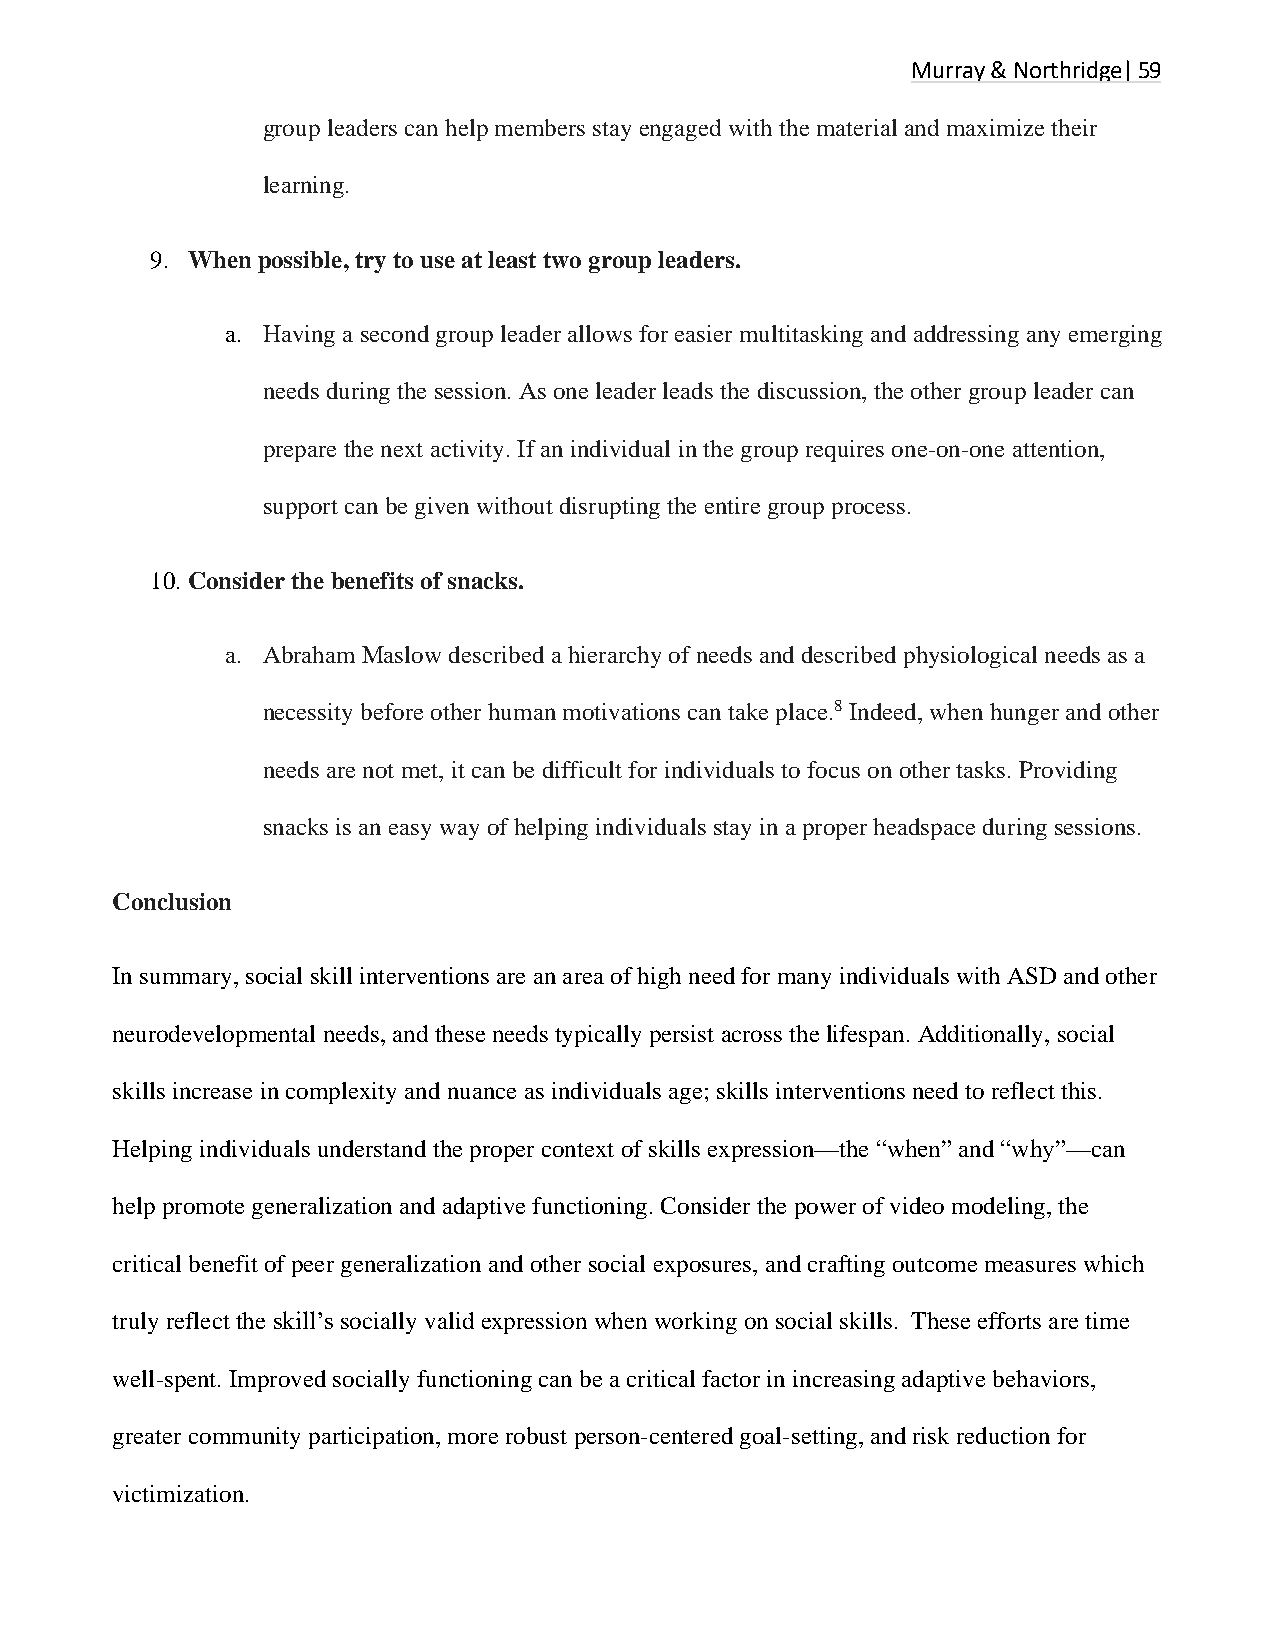
Murray & Northridge| 59
 group leaders can help members stay engaged with the material and maximize their
 learning.
 9. When possible, try to use at least two group leaders.
 a. Having a second group leader allows for easier multitasking and addressing any emerging
 needs during the session. As one leader leads the discussion, the other group leader can
 prepare the next activity. If an individual in the group requires one-on-one attention,
 support can be given without disrupting the entire group process.
 10. Consider the benefits of snacks.
 a. Abraham Maslow described a hierarchy of needs and described physiological needs as a
 necessity before other human motivations can take place.8 Indeed, when hunger and other
 needs are not met, it can be difficult for individuals to focus on other tasks. Providing
 snacks is an easy way of helping individuals stay in a proper headspace during sessions.
 Conclusion
 In summary, social skill interventions are an area of high need for many individuals with ASD and other
 neurodevelopmental needs, and these needs typically persist across the lifespan. Additionally, social
 skills increase in complexity and nuance as individuals age; skills interventions need to reflect this.
 Helping individuals understand the proper context of skills expression—the “when” and “why”—can
 help promote generalization and adaptive functioning. Consider the power of video modeling, the
 critical benefit of peer generalization and other social exposures, and crafting outcome measures which
 truly reflect the skill’s socially valid expression when working on social skills. These efforts are time
 well-spent. Improved socially functioning can be a critical factor in increasing adaptive behaviors,
 greater community participation, more robust person-centered goal-setting, and risk reduction for
 victimization.